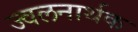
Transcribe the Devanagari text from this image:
ज्वलनार्थक